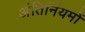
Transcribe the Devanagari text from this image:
अंतिर्नियमों